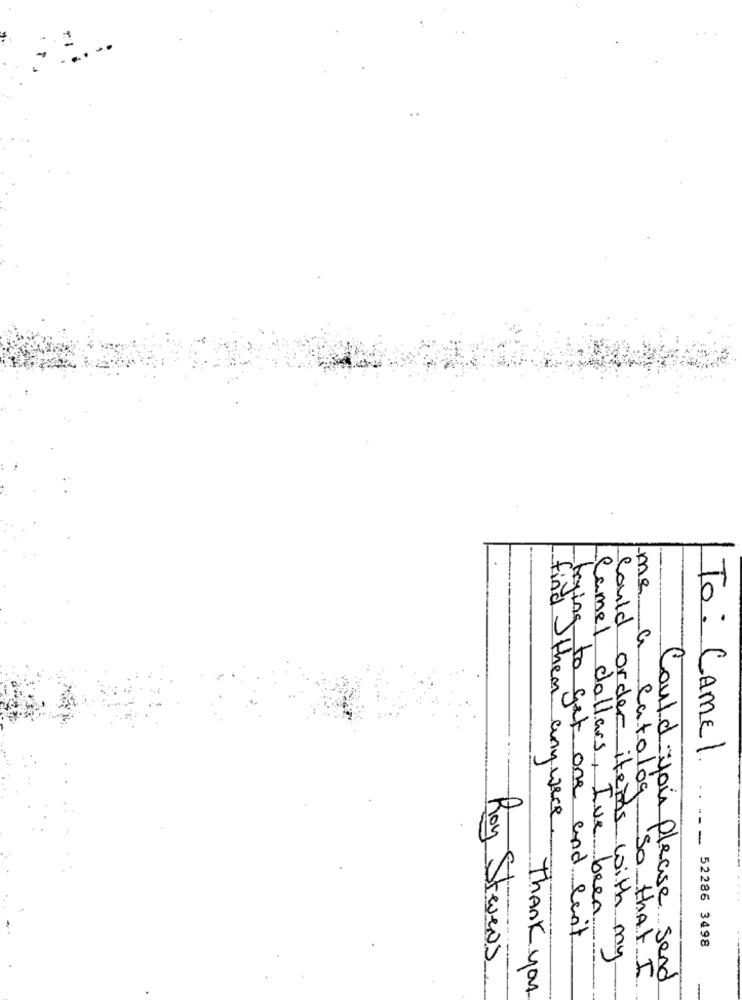
me
To: CAME1
find them any were
-
Camel dollars, Ive been
trying to get one and can't
52286 3498
Could order items with my
Roy Stevens
a catolog So that I
Could you Please send
Thank you